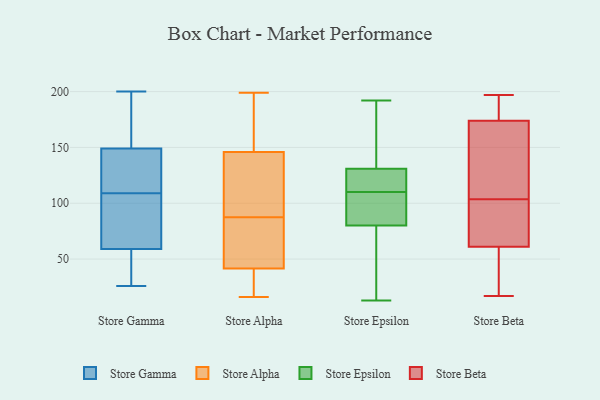
{"axis": {"x": "Backlog", "y": "Value"}, "legend": ["Store Alpha", "Store Beta", "Store Epsilon", "Store Gamma"], "data": [{"x": "", "y": 33, "type": "Store Gamma"}, {"x": "", "y": 132, "type": "Store Gamma"}, {"x": "", "y": 84, "type": "Store Gamma"}, {"x": "", "y": 200, "type": "Store Gamma"}, {"x": "", "y": 144, "type": "Store Gamma"}, {"x": "", "y": 111, "type": "Store Gamma"}, {"x": "", "y": 92, "type": "Store Gamma"}, {"x": "", "y": 107, "type": "Store Gamma"}, {"x": "", "y": 39, "type": "Store Gamma"}, {"x": "", "y": 165, "type": "Store Gamma"}, {"x": "", "y": 59, "type": "Store Gamma"}, {"x": "", "y": 149, "type": "Store Gamma"}, {"x": "", "y": 172, "type": "Store Gamma"}, {"x": "", "y": 26, "type": "Store Gamma"}, {"x": "", "y": 110, "type": "Store Alpha"}, {"x": "", "y": 41, "type": "Store Alpha"}, {"x": "", "y": 18, "type": "Store Alpha"}, {"x": "", "y": 55, "type": "Store Alpha"}, {"x": "", "y": 116, "type": "Store Alpha"}, {"x": "", "y": 192, "type": "Store Alpha"}, {"x": "", "y": 134, "type": "Store Alpha"}, {"x": "", "y": 158, "type": "Store Alpha"}, {"x": "", "y": 66, "type": "Store Alpha"}, {"x": "", "y": 53, "type": "Store Alpha"}, {"x": "", "y": 42, "type": "Store Alpha"}, {"x": "", "y": 173, "type": "Store Alpha"}, {"x": "", "y": 25, "type": "Store Alpha"}, {"x": "", "y": 199, "type": "Store Alpha"}, {"x": "", "y": 109, "type": "Store Alpha"}, {"x": "", "y": 16, "type": "Store Alpha"}, {"x": "", "y": 114, "type": "Store Epsilon"}, {"x": "", "y": 80, "type": "Store Epsilon"}, {"x": "", "y": 80, "type": "Store Epsilon"}, {"x": "", "y": 131, "type": "Store Epsilon"}, {"x": "", "y": 121, "type": "Store Epsilon"}, {"x": "", "y": 13, "type": "Store Epsilon"}, {"x": "", "y": 17, "type": "Store Epsilon"}, {"x": "", "y": 76, "type": "Store Epsilon"}, {"x": "", "y": 175, "type": "Store Epsilon"}, {"x": "", "y": 82, "type": "Store Epsilon"}, {"x": "", "y": 191, "type": "Store Epsilon"}, {"x": "", "y": 189, "type": "Store Epsilon"}, {"x": "", "y": 113, "type": "Store Epsilon"}, {"x": "", "y": 102, "type": "Store Epsilon"}, {"x": "", "y": 101, "type": "Store Epsilon"}, {"x": "", "y": 113, "type": "Store Epsilon"}, {"x": "", "y": 192, "type": "Store Epsilon"}, {"x": "", "y": 107, "type": "Store Epsilon"}, {"x": "", "y": 101, "type": "Store Beta"}, {"x": "", "y": 79, "type": "Store Beta"}, {"x": "", "y": 197, "type": "Store Beta"}, {"x": "", "y": 99, "type": "Store Beta"}, {"x": "", "y": 43, "type": "Store Beta"}, {"x": "", "y": 106, "type": "Store Beta"}, {"x": "", "y": 17, "type": "Store Beta"}, {"x": "", "y": 172, "type": "Store Beta"}, {"x": "", "y": 24, "type": "Store Beta"}, {"x": "", "y": 166, "type": "Store Beta"}, {"x": "", "y": 196, "type": "Store Beta"}, {"x": "", "y": 176, "type": "Store Beta"}]}